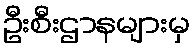
ဦးစီးဌာနများမှ